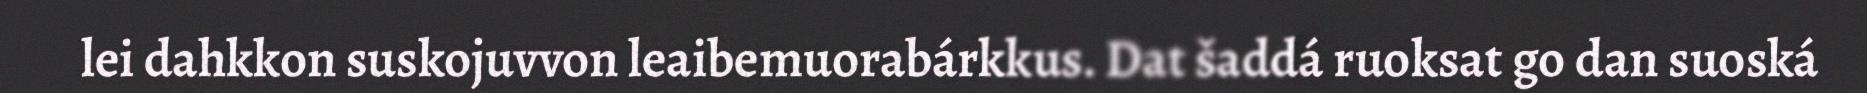
lei dahkkon suskojuvvon leaibemuorabárkkus. Dat šaddá ruoksat go dan suoská